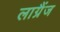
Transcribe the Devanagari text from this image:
लाग्रैंज